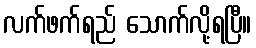
လက်ဖက်ရည် သောက်လို့ရပြီ။